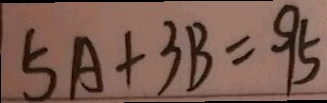
5 A + 3 B = 9 5